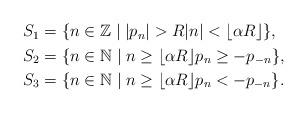
LaTeX: \begin{align*} \begin{aligned}S_1 & = \{ n \in \mathbb Z \mid |p_n| > R |n| < \lfloor \alpha R \rfloor \}, \\ S_2 & = \{ n \in \mathbb N \mid n \geq \lfloor \alpha R \rfloor p_n \geq -p_{-n} \}, \\S_3 & = \{ n \in \mathbb N \mid n \geq \lfloor \alpha R \rfloor p_n < -p_{-n} \}. \end{aligned}\end{align*}